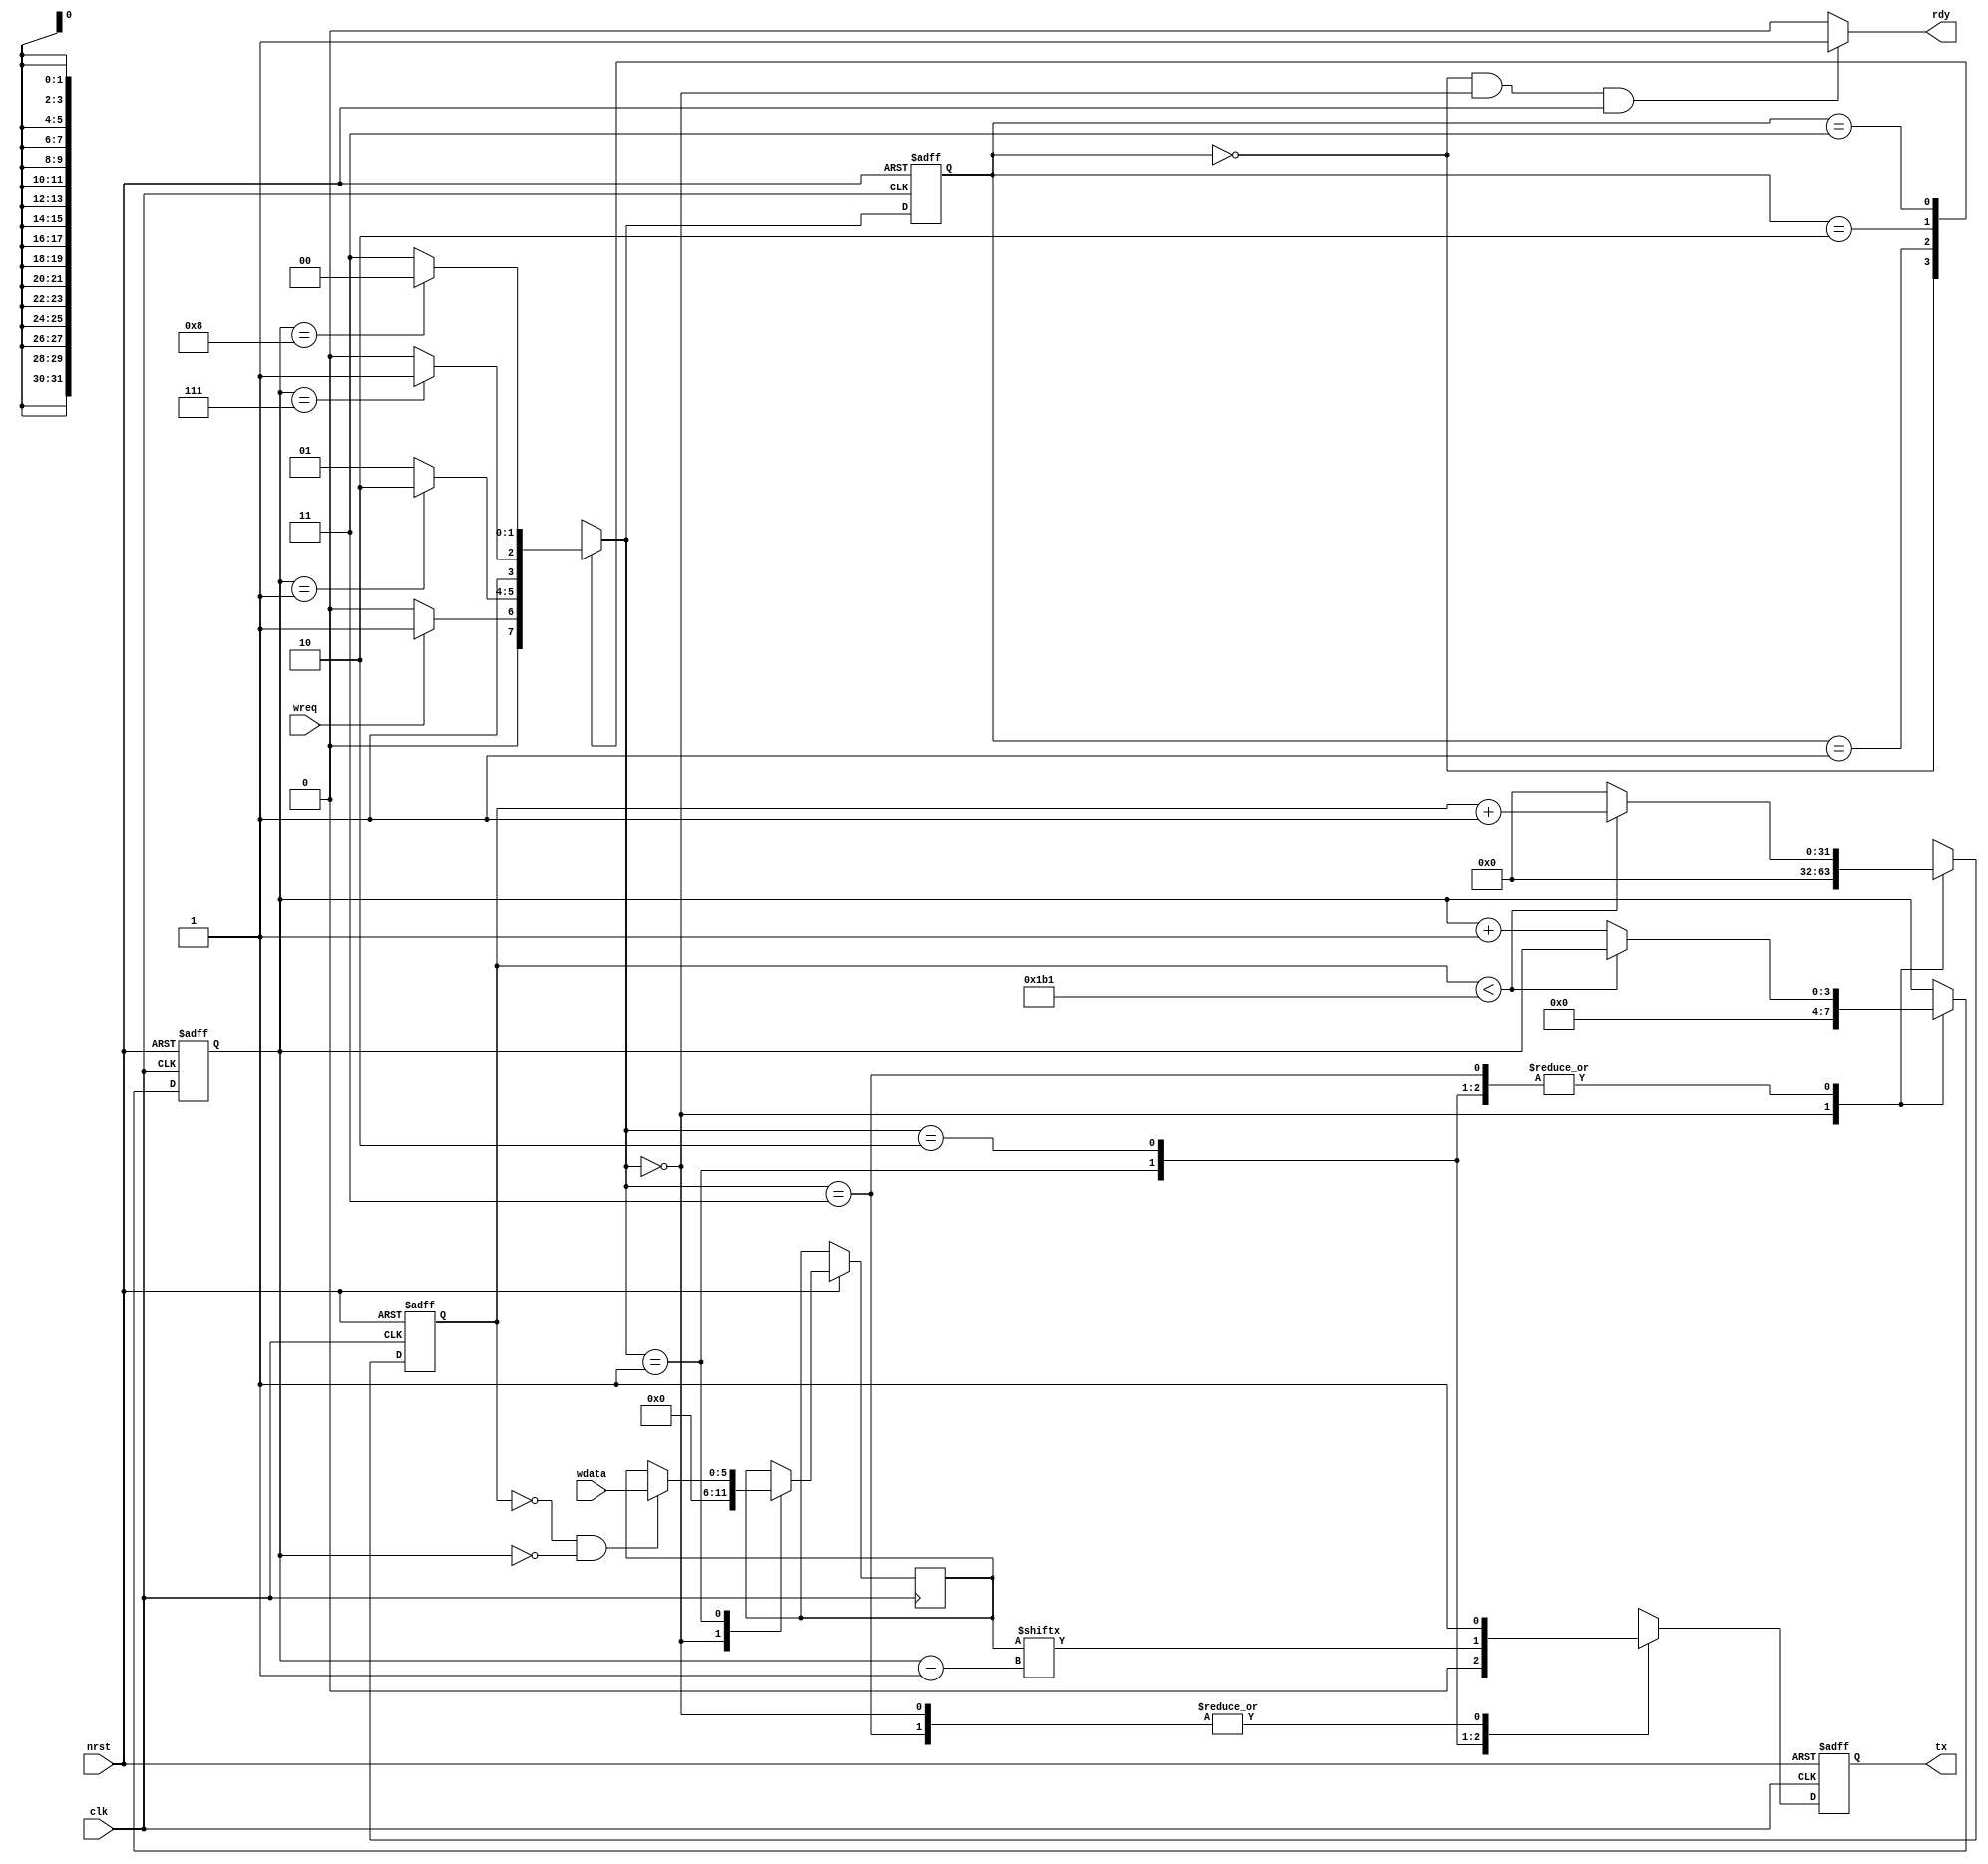


module uart_tx
	#(
    	parameter BAUDRATE = 115200,
    	parameter FREQ = 50_000_000,	
		parameter N_start=1,
		parameter N_data=6,
		parameter N_stop=1
	)
	(
	//	inout vddd,
    // 	inout gndd,
 		input clk,
		input nrst,
    	input wreq,
    	input [(N_data-1):0] wdata,
    	output tx,
    	output rdy
    );
	reg [(N_data-1):0] wdata_reg;

	reg tx_reg;
	reg rdy_reg;

	assign rdy = rdy_reg;
	assign tx = tx_reg;	

    reg [3:0] cnt_bit;
    reg [31:0] cnt_clk;

    localparam T = FREQ / BAUDRATE;

// define the FSM for pixel compensation
	reg [1:0] cs,ns;
	parameter IDLE = 0,
			START = 1,
			DATA = 2,
			STOP = 3;
////////////////  states transferring   ///////////////////
	always @(posedge clk or negedge nrst) begin : ss_tran
   		if(nrst == 1'b0) begin
      		cs <= IDLE;
      	end else if(clk == 1'b1) begin
         	cs <= ns;
      	end
   	end
//////////////  calculate the next state /////////////////
	always @(cs, cnt_clk, wreq, nrst, cnt_bit) begin
		if (nrst == 0) begin
			ns = IDLE;
		end begin
			case(cs)
				IDLE : 
					if(wreq == 1)
						ns = START;
					else
						ns = IDLE;
				START : 
					if(cnt_bit == N_start)
						ns = DATA;
					else
						ns = START;
				DATA : 
					if(cnt_bit == N_data + N_start)
						ns = STOP;
					else 
						ns = DATA;
				STOP :
					if(cnt_bit == N_data + N_start + N_stop)
						ns = IDLE;
					else 
						ns = STOP;
				default : ns = ns;
			endcase
		end

	end	
//////////  data processing in various states /////////////

	always @(cs, ns, nrst) begin
		// rdy=0 means sending, rdy=1 means ready for new data
		if(cs == IDLE && ns == IDLE && nrst == 1)
			rdy_reg = 1'b1;
		else
			rdy_reg = 1'b0;
	end

	always @(posedge clk or negedge nrst) begin
		if(nrst==0) begin
			cnt_bit <= 4'd0;
			cnt_clk <= 32'd0;
			tx_reg <= 1'b1;
		end else if(clk == 1'b1) begin
			case (ns)
				IDLE : begin
					cnt_bit <= 4'd0;
					cnt_clk <= 32'd0;
					tx_reg <= 1'b1;
					wdata_reg <= 0;
				end
				START : begin
					if (cnt_clk == 0 && cnt_bit == 0) begin
						wdata_reg <= wdata;
					end else begin
						wdata_reg <= wdata_reg;
					end
					tx_reg <= 1'b0;
				
					if (cnt_clk < T-1) begin
						cnt_clk <= cnt_clk + 1'b1;
					end else begin
						cnt_clk <= 32'd0;
						cnt_bit <= cnt_bit + 4'd1;
					end
				end
				DATA : begin
					tx_reg <= wdata_reg[(cnt_bit-1)];
					if (cnt_clk<T-1) begin
						cnt_clk <= cnt_clk + 1'b1;
					end else begin
						cnt_clk <= 32'd0;
						cnt_bit <= cnt_bit + 4'd1;
					end
				end
				STOP : begin
					tx_reg <= 1'b1;
					
					if (cnt_clk<T-1) begin
						cnt_clk <= cnt_clk + 1'b1;
					end else begin
						cnt_clk <= 32'd0;
						cnt_bit <= cnt_bit + 4'd1;
					end
				end
				default : begin
					cnt_bit <= 4'd0;
					cnt_clk <= 32'd0;
					tx_reg <= 1'b1;
				end
			endcase
		end
	end

endmodule